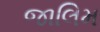
જાલિમ